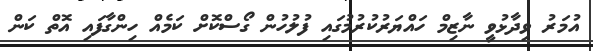
އުމަރު ވިދާޅުވީ ނާޒިމް ހައްޔަރުކުރުމުގައި ފުލުހުން ގޯސްކޮށް ކަމެއް ހިންގާފައި އޮތް ކަން